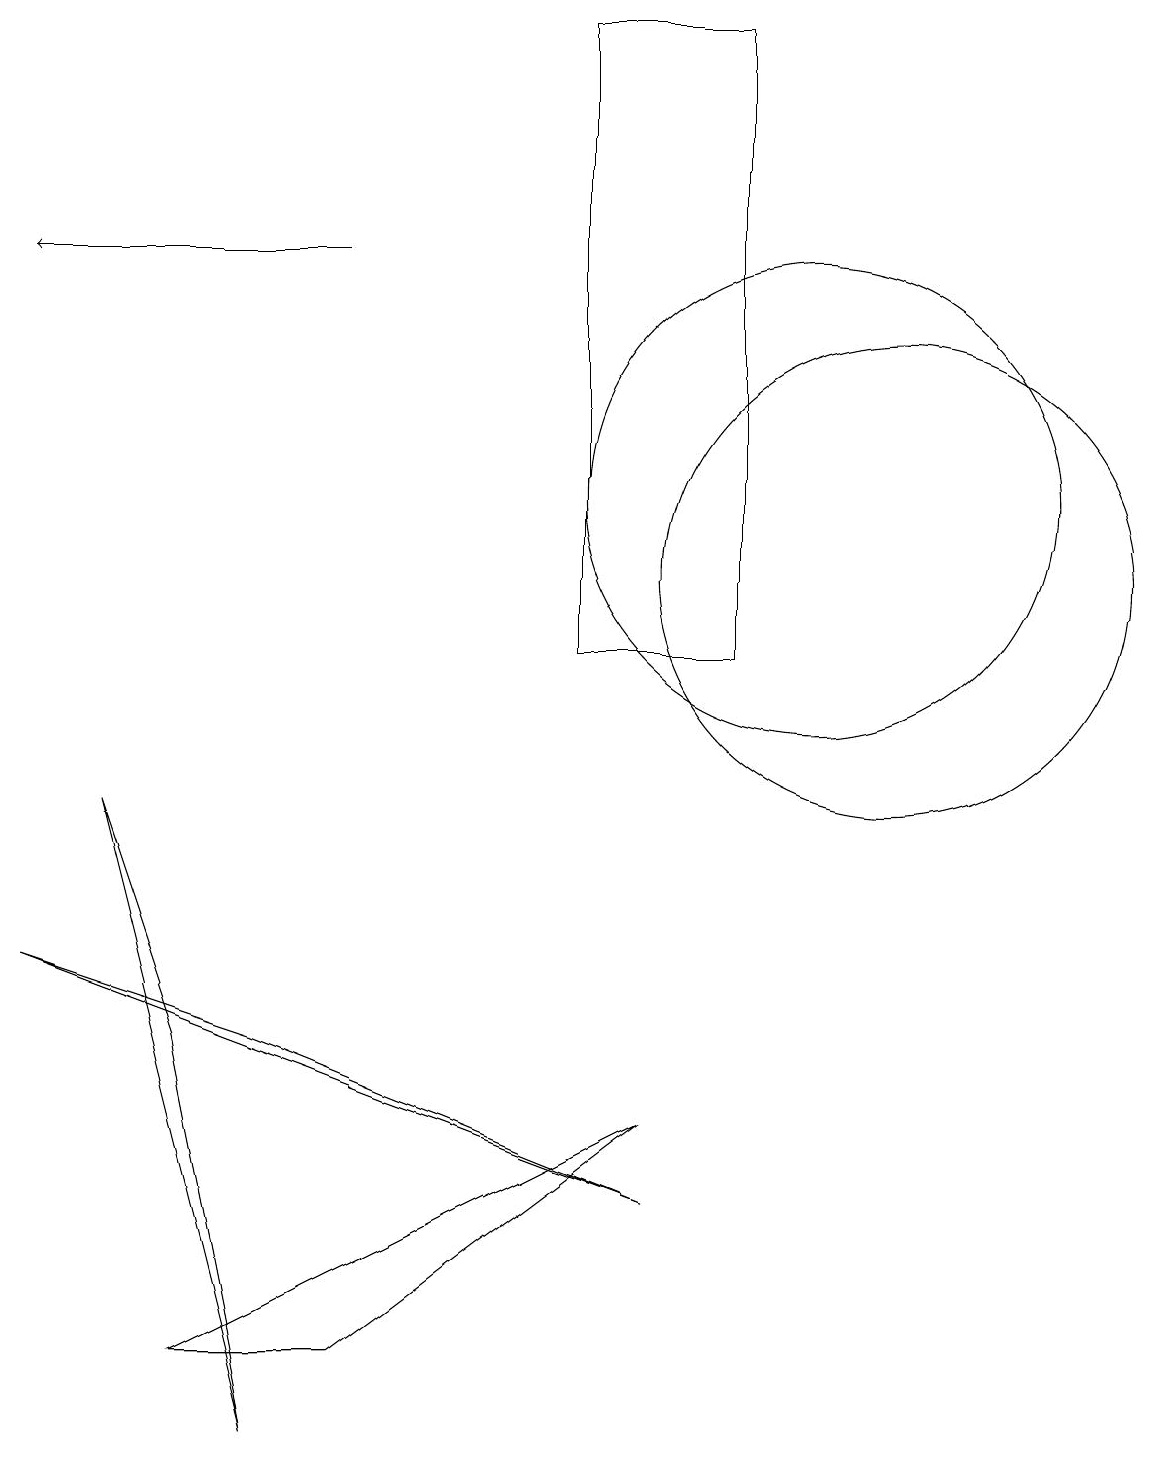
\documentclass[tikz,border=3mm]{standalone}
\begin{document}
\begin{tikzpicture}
\draw (7,18) rectangle (9,10);
\draw (11,11) circle (3);
\draw (4,1) -- (8,4) -- (2,1) -- cycle;
\draw[->] (4,15) -- (0,15);
\draw (10,12) circle (3);
\draw (3,0) -- (2,5) -- (1,8) -- cycle;
\draw (8,3) -- (0,6) -- (3,5) -- cycle;
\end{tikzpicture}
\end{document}